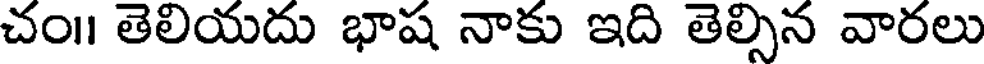
చం॥ తెలియదు భాష నాకు ఇది తెల్సిన వారలు